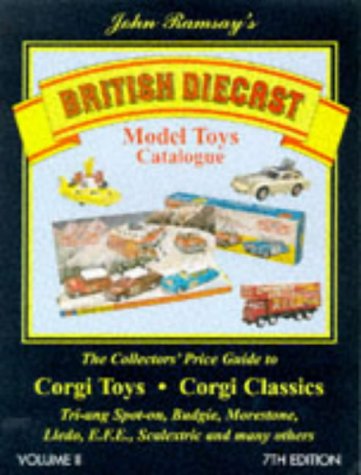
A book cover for British Diecast Model Toys Catalogue: Corgi Toys and Classics, Lledo, E.F.E.Budgie, Spot-on Plus Many Others v. 2; Crafts, Hobbies & Home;